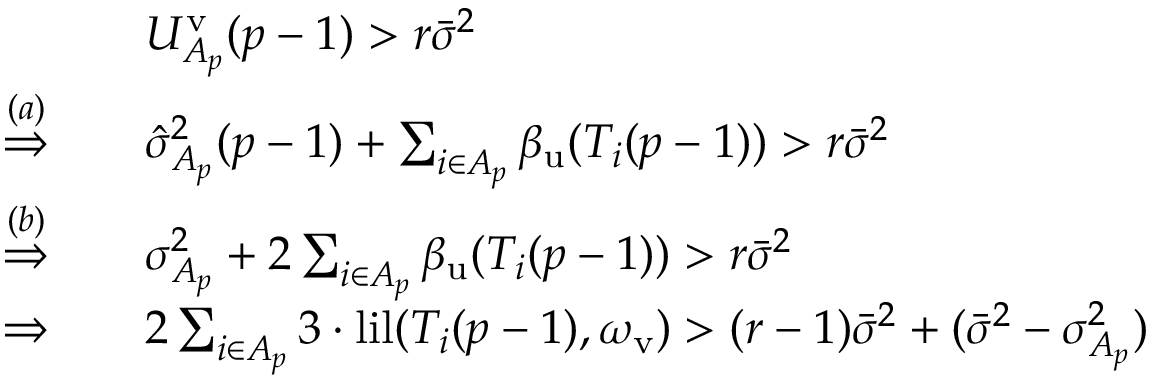
\begin{array} { r l } & { U _ { A _ { p } } ^ { \mathrm { v } } ( p - 1 ) > r \bar { \sigma } ^ { 2 } } \\ { \overset { ( a ) } { \Rightarrow } \quad } & { \hat { \sigma } _ { A _ { p } } ^ { 2 } ( p - 1 ) + \sum _ { i \in A _ { p } } \beta _ { \mathrm { u } } ( T _ { i } ( p - 1 ) ) > r \bar { \sigma } ^ { 2 } } \\ { \overset { ( b ) } { \Rightarrow } \quad } & { \sigma _ { A _ { p } } ^ { 2 } + 2 \sum _ { i \in A _ { p } } \beta _ { \mathrm { u } } ( T _ { i } ( p - 1 ) ) > r \bar { \sigma } ^ { 2 } } \\ { \Rightarrow \quad } & { 2 \sum _ { i \in A _ { p } } 3 \cdot \mathrm { l i l } ( T _ { i } ( p - 1 ) , \omega _ { \mathrm { v } } ) > ( r - 1 ) \bar { \sigma } ^ { 2 } + ( \bar { \sigma } ^ { 2 } - \sigma _ { A _ { p } } ^ { 2 } ) } \end{array}